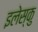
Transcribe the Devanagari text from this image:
इलेस्कु